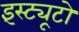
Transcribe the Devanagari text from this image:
इंस्ट्यूटो